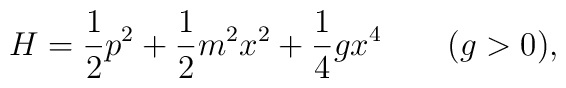
H={1\over2}p^2+{1\over2}m^2x^2+{1\over4}gx^4\qquad(g>0),